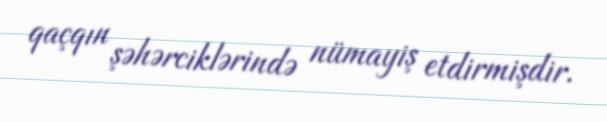
qaçqın şəhərciklərində nümayiş etdirmişdir.